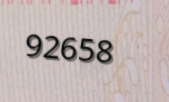
92658